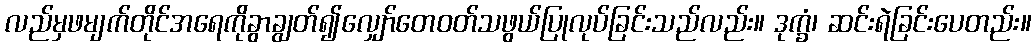
လည်မှဖမျက်တိုင်အရေကိုခွာချွတ်၍လျှော်တေဝတ်သဖွယ်ပြုလုပ်ခြင်းသည်လည်း။ ဒုက္ခံ၊ ဆင်းရဲခြင်းပေတည်း။